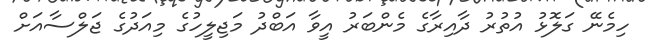
ހިމެނޭ ގަލޮޅު އުތުރު ދާއިރާގެ މެންބަރު އީވާ އަބްދު މަޖިލީހުގެ މިއަދުގެ ޖަލްސާއަށް